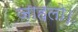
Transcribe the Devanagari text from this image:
जाहलो।